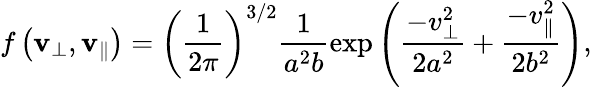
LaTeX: f\left(\mathbf{v}_{\perp},\mathbf{v}_{\| }\right)=\left(\frac{1}{2\pi}\right)^{3/2}\frac{1}{a^{2}b}\exp\left(\frac{-v_{\perp}^{2}}{2a^{2}}+\frac{-v_{\| }^{2}}{2b^{2}}\right),